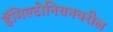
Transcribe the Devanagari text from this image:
हॅमिल्टोनियनवरील